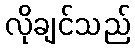
လိုချင်သည်